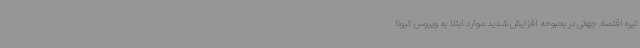
تیره اقتصاد جهانی در بحبوحه افزایش شدید موارد ابتلا به ویروس کرونا